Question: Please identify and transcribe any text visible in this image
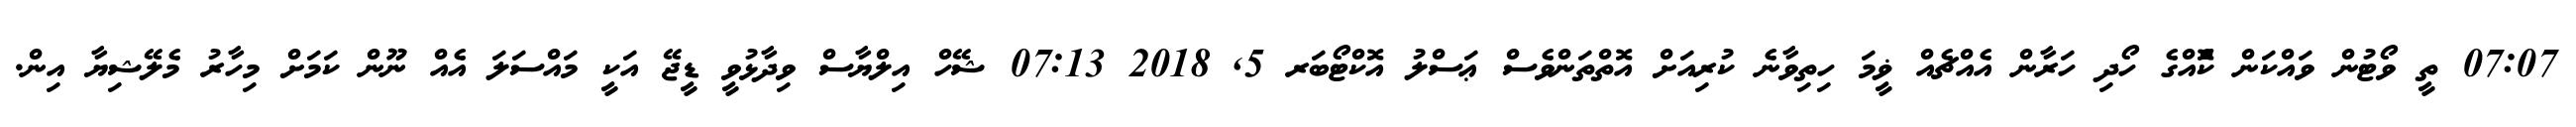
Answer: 07:07 ތީ ވޯޓުން ވައްކަން ކޮްއްގެ ހޯދި ހަރާން އެއްޗެއް ޥީމަ ހިތިވާނެ ކުރިއަށް އޮތްތަންވެސް ޢަސްލު އޮކްޓޯބަރ 5, 2018 07:13 ޝޭހް އިލްޔާސް ވިދާޅުވީ ޑީޖޭ އަކީ މައްސަލަ އެއް ނޫން ކަމަށް މިހާރު މެލޭޝިޔާ އިން.